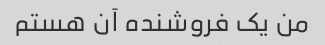
من یک فروشنده آن هستم